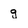
Character: g